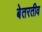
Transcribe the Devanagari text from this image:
बेतरतीव